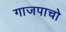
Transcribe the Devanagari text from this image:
गाजपाचो